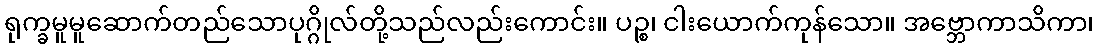
ရုက္ခမူမူဆောက်တည်သောပုဂ္ဂိုလ်တို့သည်လည်းကောင်း။ ပဉ္စ၊ ငါးယောက်ကုန်သော။ အဗ္ဘောကာသိကာ၊